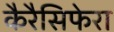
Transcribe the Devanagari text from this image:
कैरैसिफेरा